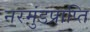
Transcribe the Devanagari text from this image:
नरमुंडप्राप्ति